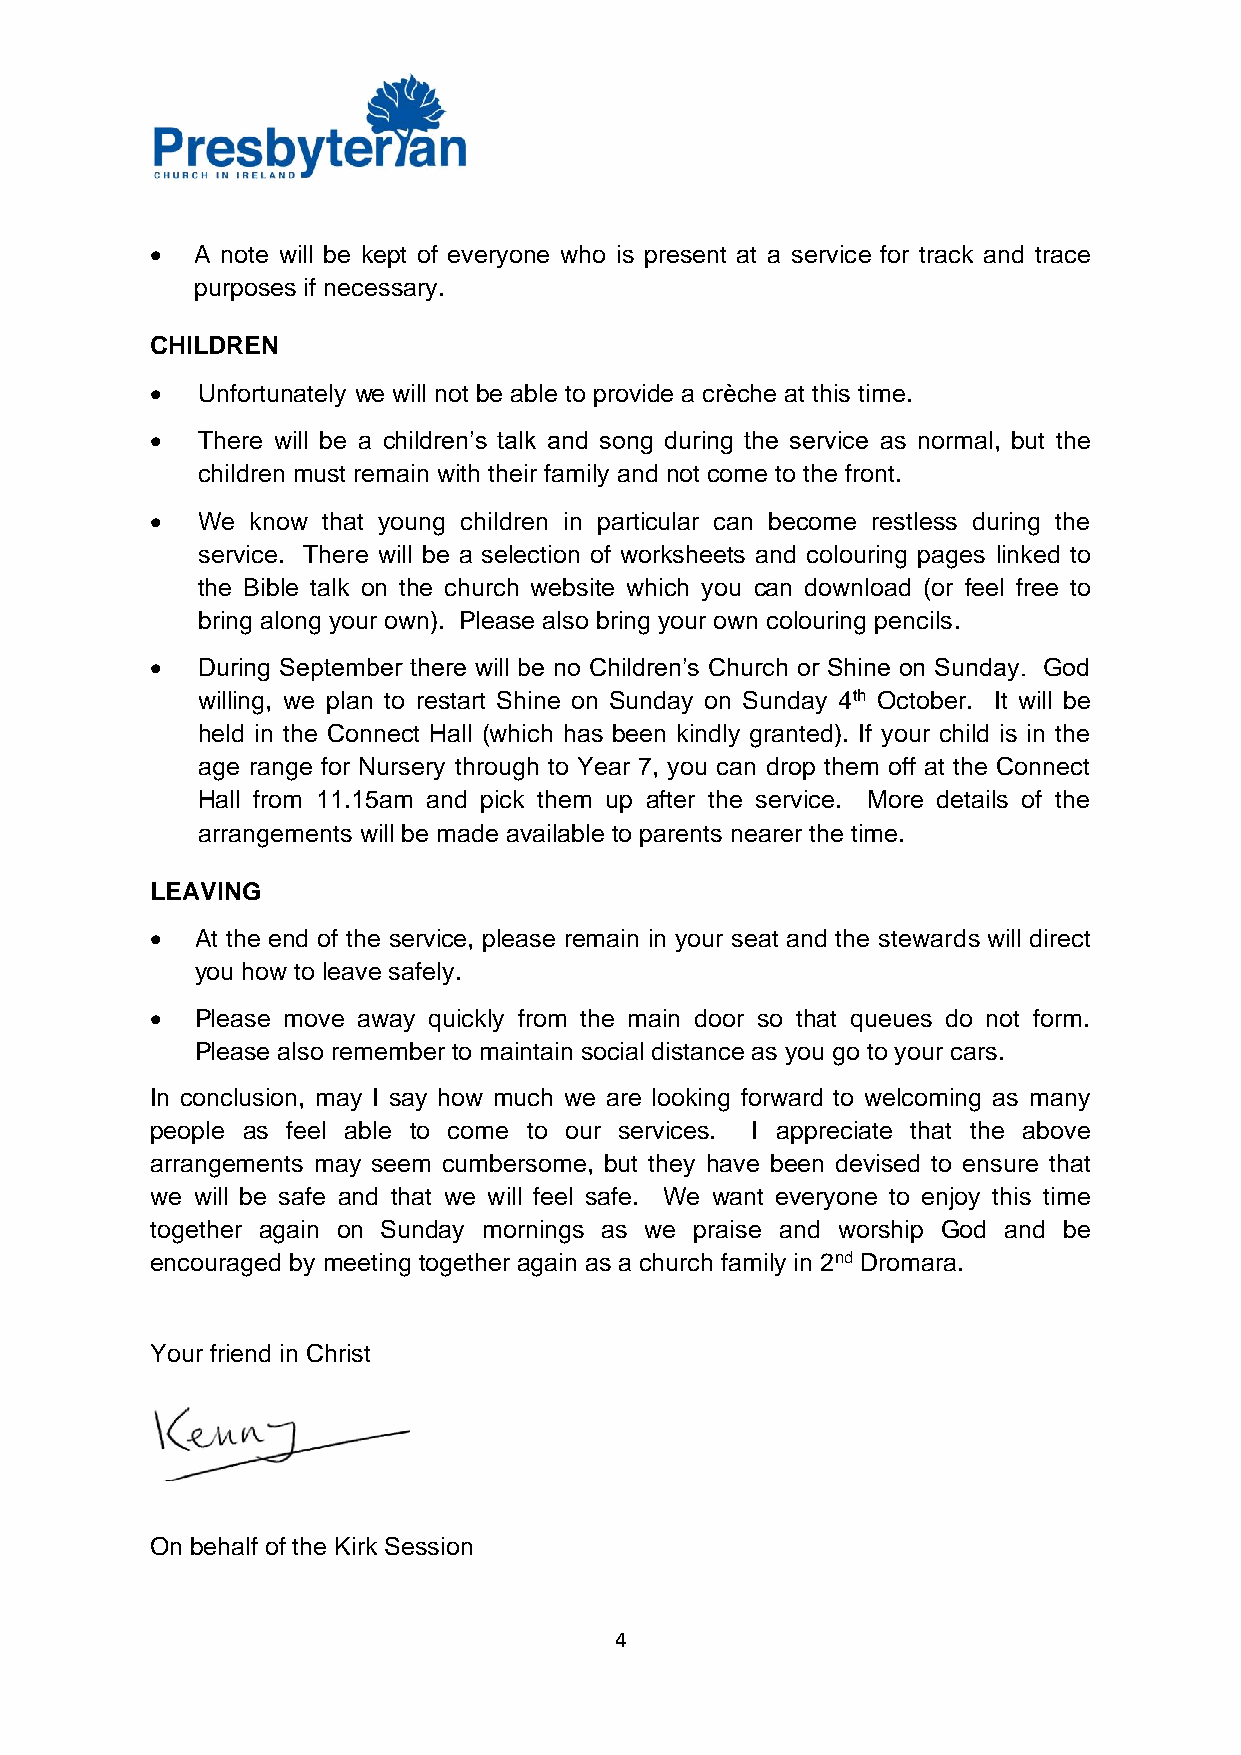
•  A note will be kept of everyone who is present at a service for track and trace
 purposes if necessary.
 CHILDREN
 •  Unfortunately we will not be able to provide a crèche at this time.
 •  There will be a children’s talk and song during the service as normal, but the
 children must remain with their family and not come to the front.
 •  We  know that young children in particular can become restless during the
 service. There will be a selection of worksheets and colouring pages linked to
 the Bible talk on the church website which you can download (or feel free to
 bring along your own). Please also bring your own colouring pencils.
 •  During September there will be no Children’s Church or Shine on Sunday. God
 willing, we plan to restart Shine on Sunday on Sunday 4th October. It will be
 held in the Connect Hall (which has been kindly granted). If your child is in the
 age range for Nursery through to Year 7, you can drop them off at the Connect
 Hall from 11.15am and pick them up after the service. More details of the
 arrangements will be made available to parents nearer the time.
 LEAVING
 •  At the end of the service, please remain in your seat and the stewards will direct
 you how to leave safely.
 •  Please move away quickly from the main door so that queues do not form.
 Please also remember to maintain social distance as you go to your cars.
 In conclusion, may I say how much we are looking forward to welcoming as many
 people as feel able to come to our services. I appreciate that the above
 arrangements may seem cumbersome, but they have been devised to ensure that
 we will be safe and that we will feel safe. We want everyone to enjoy this time
 together again on Sunday mornings as we praise and worship God and be
 encouraged by meeting together again as a church family in 2nd Dromara.
 Your friend in Christ
 On behalf of the Kirk Session
 4